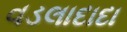
વડલાદાદા